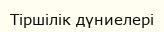
Тіршілік дүниелері